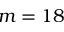
m = 1 8